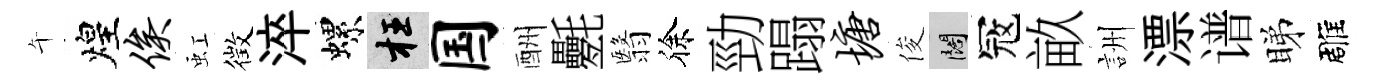
午煌俟虹徴淬螺枉国酬氎翳徐勁蹋塘俊闊冦畝詶漂谱睇雕